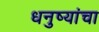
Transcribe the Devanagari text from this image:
धनुष्यांचा